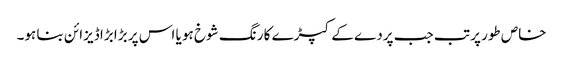
خاص طور پر تب جب پردے کے کپڑے کا رنگ شوخ ہو یا اس پر بڑا بڑا ڈیزائن بنا ہو۔